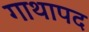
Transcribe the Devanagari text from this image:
गाथापद